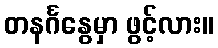
တနင်္ဂနွေမှာ ဖွင့်လား။